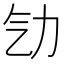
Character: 㔕